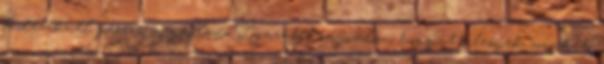
fedezéknél persze megállva. Igazából sajnálom, hogy itt lesnek minket.